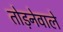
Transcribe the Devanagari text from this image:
तोड़नेवाले